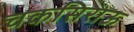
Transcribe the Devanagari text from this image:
चकसिराऊ